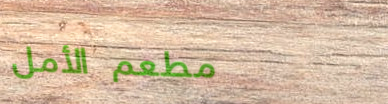
مطعم الأمل